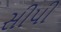
સીપી